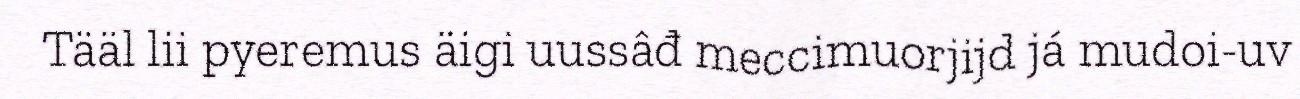
Tääl lii pyeremus äigi uussâđ meccimuorjijd já mudoi-uv